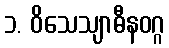
၁. ဝိသေသျာဓီနဝဂ္ဂ